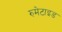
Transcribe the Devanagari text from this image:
रुमेटाइड